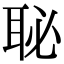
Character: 䎵